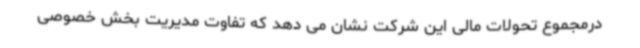
درمجموع تحولات مالی این شرکت نشان می دهد که تفاوت مدیریت بخش خصوصی